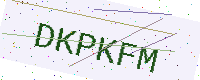
Text: DKPKFM